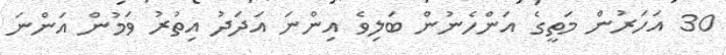
30 އަހަރުން މަތީގެ އަންހެނުން ބަލިވެ އިންނަ އަދަދު އިތުރު ވަމުން އަންނަ